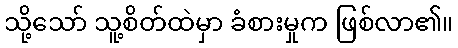
သို့သော် သူ့စိတ်ထဲမှာ ခံစားမှုက ဖြစ်လာ၏။